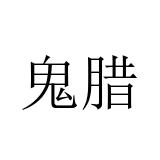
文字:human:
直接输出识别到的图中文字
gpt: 鬼腊